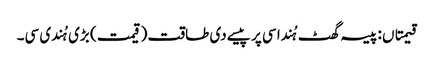
قیمتاں : پیسہ گھٹ ہُندا سی پر پیسے دی طاقت (قیمت) بڑی ہُندی سی۔